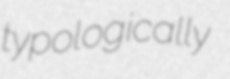
typologically